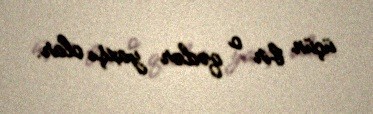
üçün bir o qədər yaxşı olar.